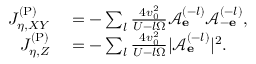
\begin{array} { r l } { J _ { \eta , X Y } ^ { \mathrm { ( P ) } } } & { { } = - \sum _ { l } \frac { 4 v _ { 0 } ^ { 2 } } { U - l \Omega } \mathcal { A } _ { \bf e } ^ { ( - l ) } \mathcal { A } _ { - \bf e } ^ { ( - l ) } , } \\ { J _ { \eta , Z } ^ { \mathrm { ( P ) } } } & { { } = - \sum _ { l } \frac { 4 v _ { 0 } ^ { 2 } } { U - l \Omega } | \mathcal { A } _ { \bf e } ^ { ( - l ) } | ^ { 2 } . } \end{array}